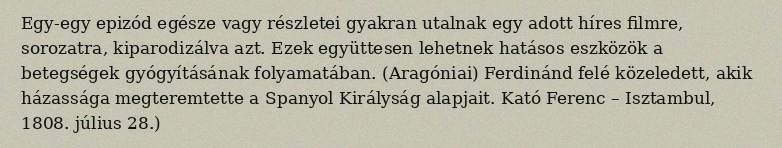
Egy-egy epizód egésze vagy részletei gyakran utalnak egy adott híres filmre, sorozatra, kiparodizálva azt. Ezek együttesen lehetnek hatásos eszközök a betegségek gyógyításának folyamatában. (Aragóniai) Ferdinánd felé közeledett, akik házassága megteremtette a Spanyol Királyság alapjait. Kató Ferenc – Isztambul, 1808. július 28.)